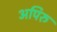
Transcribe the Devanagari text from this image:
अपिरु